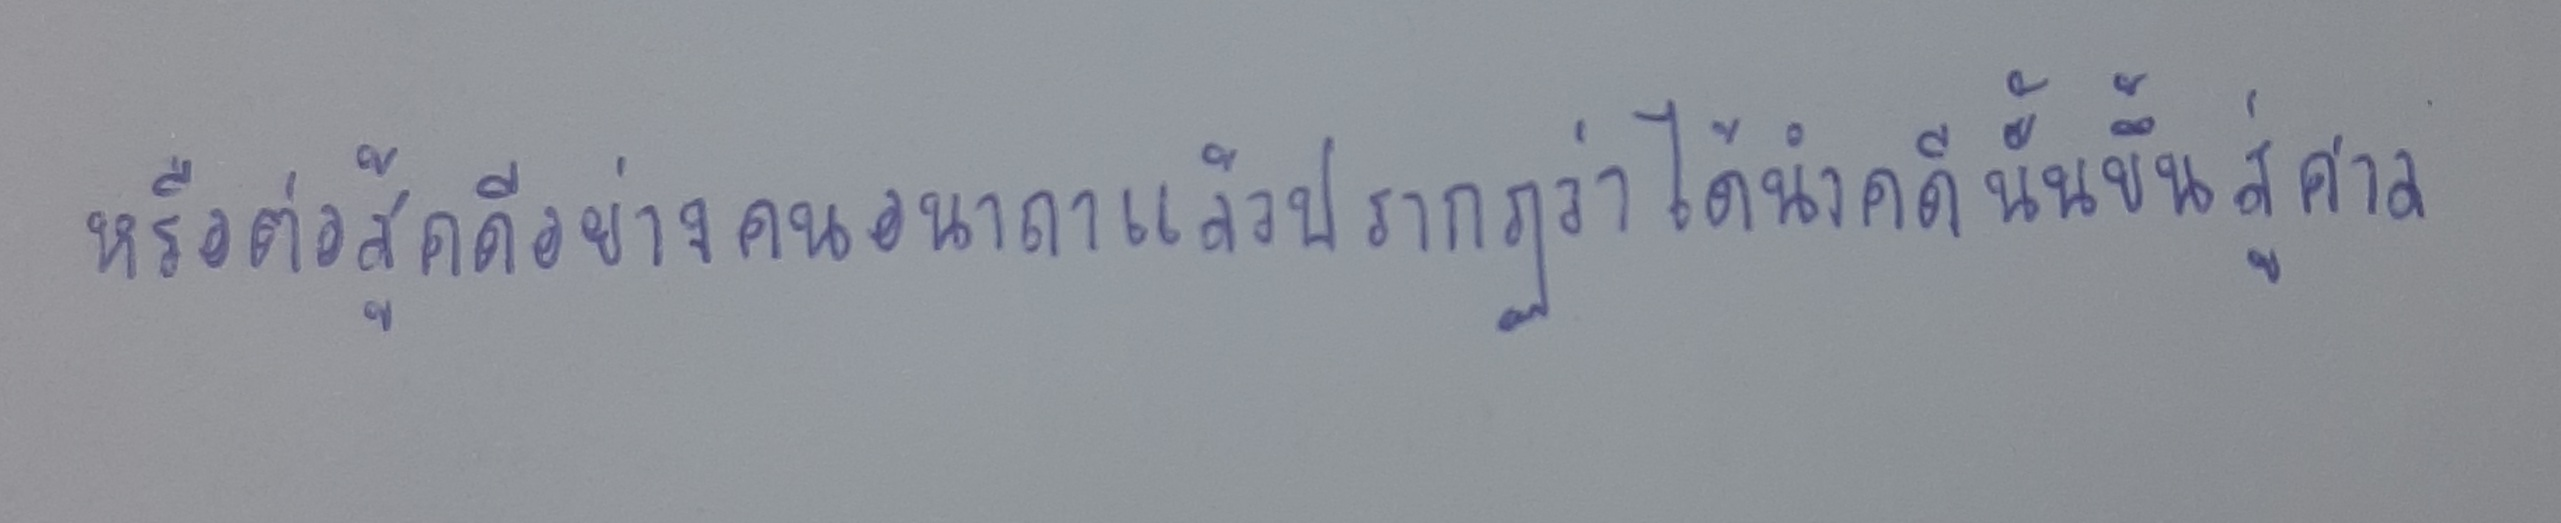
หรือต่อสู้คดีอย่างคนอนาถาแล้วปรากฏว่าได้นำคดีนั้นขึ้นสู่ศาล